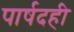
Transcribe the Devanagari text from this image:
पार्षदही